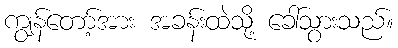
ကျွန်တော့်အား အခန်းထဲသို့ ခေါ်သွားသည်။